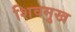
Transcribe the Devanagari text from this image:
शिवमुख